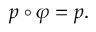
p \circ \varphi = p .